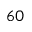
6 0